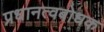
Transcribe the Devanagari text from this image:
प्रधानत्वबोधक